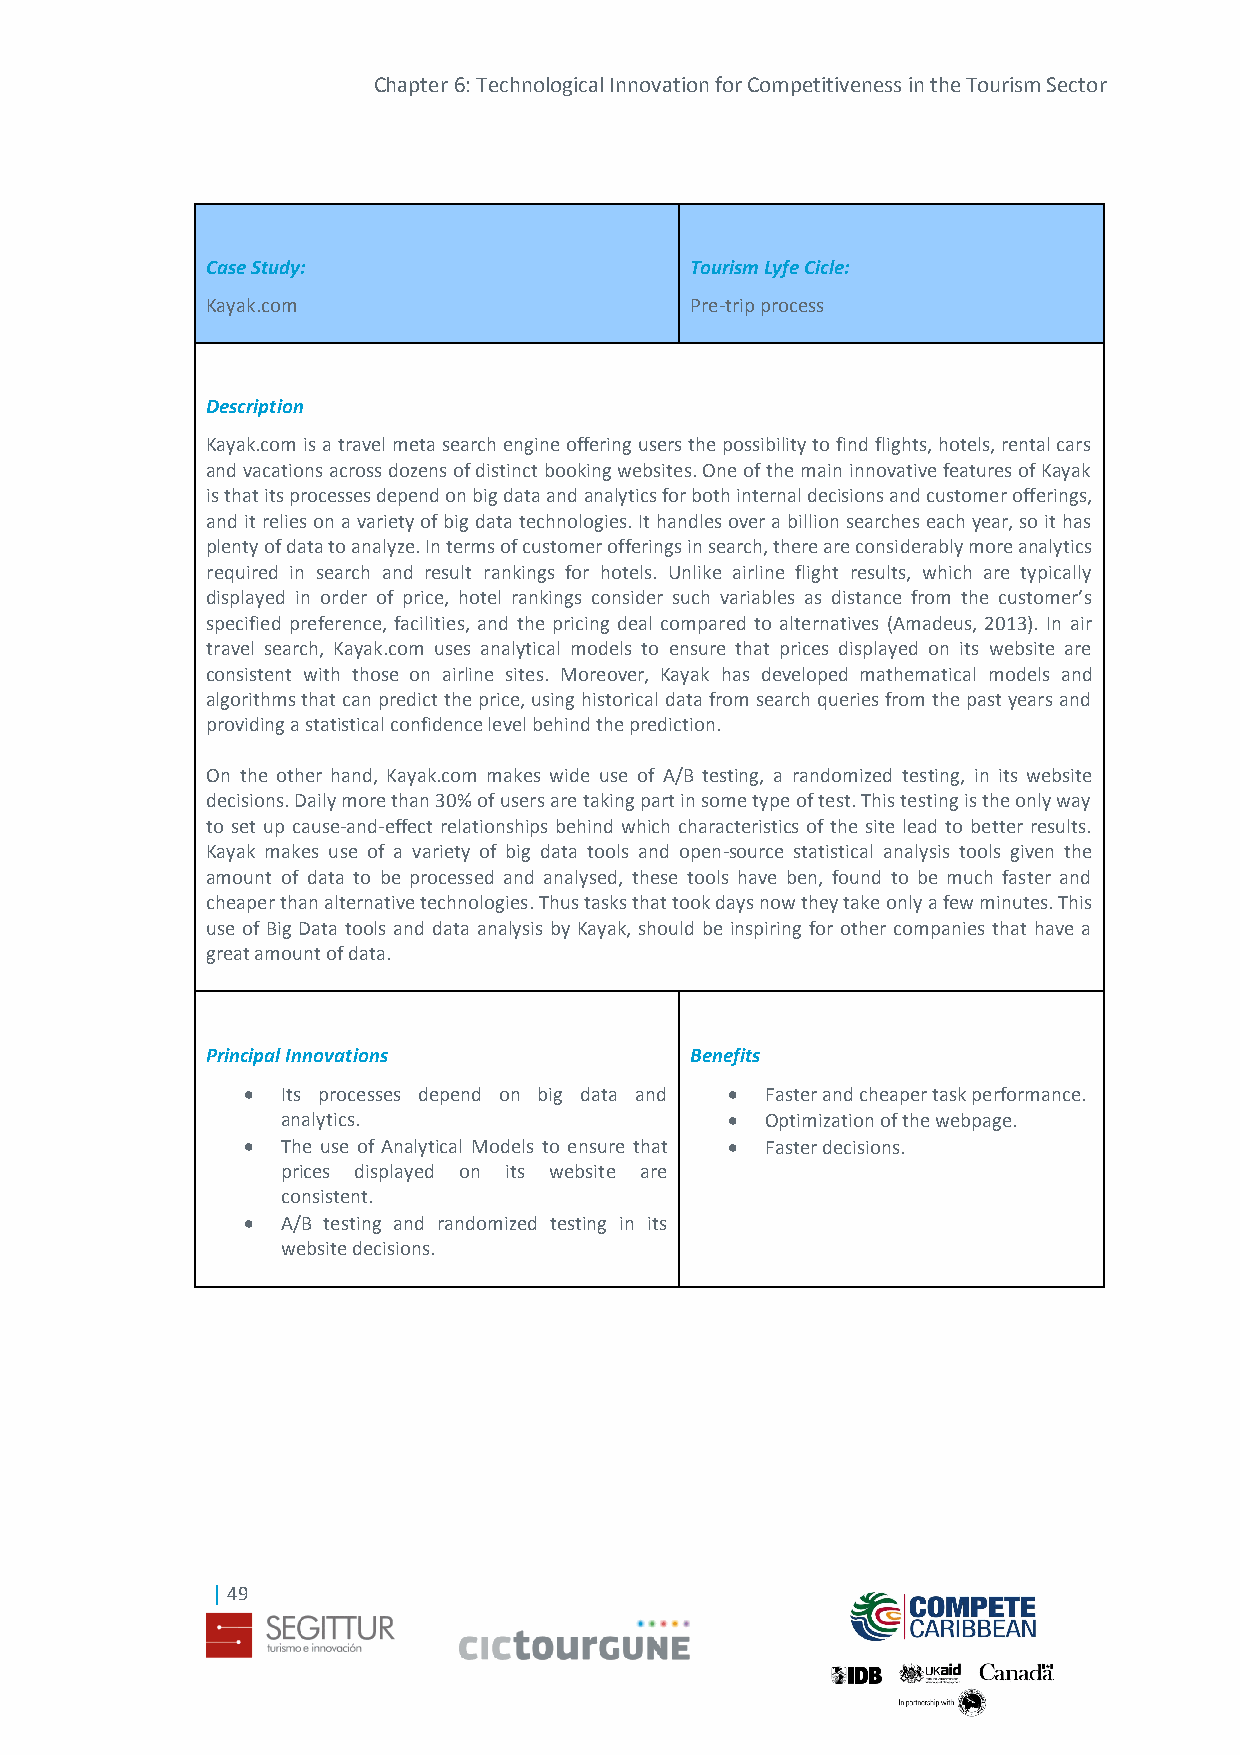
Chapter 6: Technological Innovation for Competitiveness in the Tourism Sector
 Case Study:                     Tourism Lyfe Cicle:
 Kayak.com                       Pre-trip process
 Description
 Kayak.com is a travel meta search engine offering users the possibility to find flights, hotels, rental cars
 and vacations across dozens of distinct booking websites. One of the main innovative features of Kayak
 is that its processes depend on big data and analytics for both internal decisions and customer offerings,
 and it relies on a variety of big data technologies. It handles over a billion searches each year, so it has
 plenty of data to analyze. In terms of customer offerings in search, there are considerably more analytics
 required in search and result rankings for hotels. Unlike airline flight results, which are typically
 displayed in order of price, hotel rankings consider such variables as distance from the customer’s
 specified preference, facilities, and the pricing deal compared to alternatives (Amadeus, 2013). In air
 travel search, Kayak.com uses analytical models to ensure that prices displayed on its website are
 consistent with those on airline sites. Moreover, Kayak has developed mathematical models and
 algorithms that can predict the price, using historical data from search queries from the past years and
 providing a statistical confidence level behind the prediction.
 On the other hand, Kayak.com makes wide use of A/B testing, a randomized testing, in its website
 decisions. Daily more than 30% of users are taking part in some type of test. This testing is the only way
 to set up cause-and-effect relationships behind which characteristics of the site lead to better results.
 Kayak makes use of a variety of big data tools and open-source statistical analysis tools given the
 amount of data to be processed and analysed, these tools have ben, found to be much faster and
 cheaper than alternative technologies. Thus tasks that took days now they take only a few minutes. This
 use of Big Data tools and data analysis by Kayak, should be inspiring for other companies that have a
 great amount of data.
 Principal Innovations           Benefits
   Its processes depend on big data and  Faster and cheaper task performance.
 analytics.                     Optimization of the webpage.
   The use of Analytical Models to ensure that  Faster decisions.
 prices displayed on its website are
 consistent.
   A/B testing and randomized testing in its
 website decisions.
 | 49